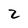
Character: 2